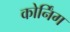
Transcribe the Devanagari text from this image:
कोर्निंग